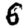
Digit: 6